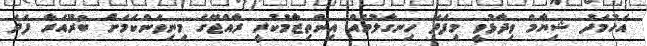
އަހުމަދު ޝިޔާމް ވިދާޅުވީ މިފަދަ ހިނގާލުމެއް އިންތިޒާމުކުރީ ރާއްޖޭގެ މިނިވަންކަމަށް ބުރޫއަރާ ފަދަ